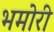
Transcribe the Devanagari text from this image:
भमोरी